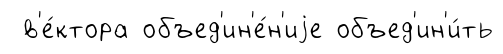
в'е́ктора объед'ин'е́н'иjе объед'ин'и́ть